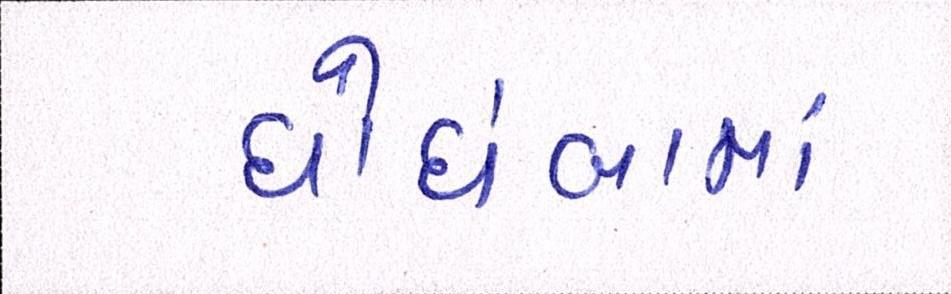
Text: ઘોઘંબામાં